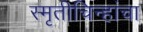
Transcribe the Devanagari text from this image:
स्मृतीचिन्हांचा